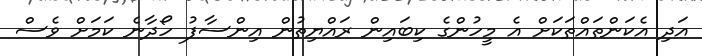
އަދި އެކަންތައްތަކަށް އެ މީހުންގެ ކިބައިން ރައްޔިތުން އިންސާފު ހޯދާނެ ކަމަށް ވެސް